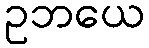
ဥဘယေ